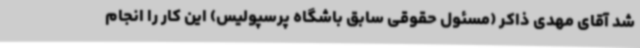
شد آقای مهدی ذاکر (مسئول حقوقی سابق باشگاه پرسپولیس) این کار را انجام